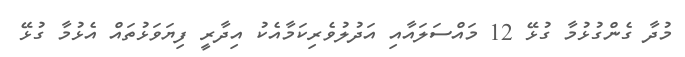
މުދާ ގެންގުޅުމާ ގުޅޭ 12 މައްސަލައާއި އަދުލުވެރިކަމާއެކު އިދާރީ ފިޔަވަޅުތައް އެޅުމާ ގުޅޭ